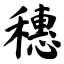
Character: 穗